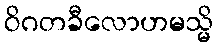
ဝိဂတခီလောဟမသ္မိ